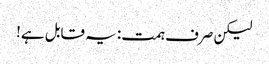
لیکن صرف ہمت: یہ قابل ہے!